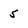
Character: 5